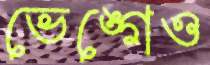
ভেঙ্গেও